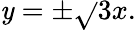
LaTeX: \mathit{y}=\pm{\sqrt{}{{3}}}x.